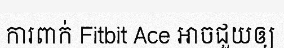
ការពាក់ Fitbit Ace អាចជួយឲ្យ